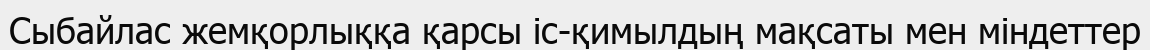
Сыбайлас жемқорлыққа қарсы іс-қимылдың мақсаты мен міндеттер